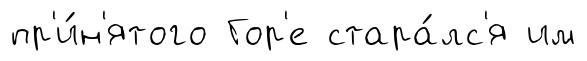
пр'и́н'ятого Гор'е стара́лс'я им